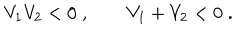
V _ { 1 } V _ { 2 } < 0 \; , \qquad V _ { 1 } + V _ { 2 } < 0 \; .